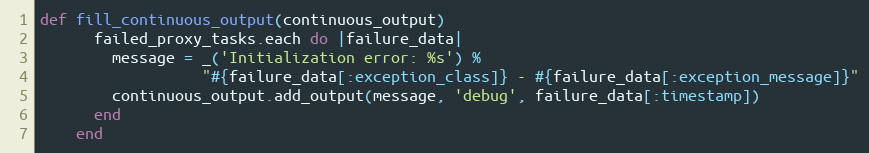
Language: Ruby
def fill_continuous_output(continuous_output)
      failed_proxy_tasks.each do |failure_data|
        message = _('Initialization error: %s') %
                  "#{failure_data[:exception_class]} - #{failure_data[:exception_message]}"
        continuous_output.add_output(message, 'debug', failure_data[:timestamp])
      end
    end